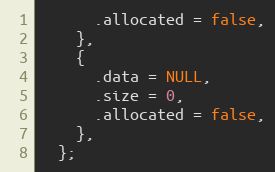
Language: C
      .allocated = false,
    },
    {
      .data = NULL,
      .size = 0,
      .allocated = false,
    },
  };